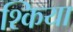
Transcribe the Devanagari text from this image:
श्किया